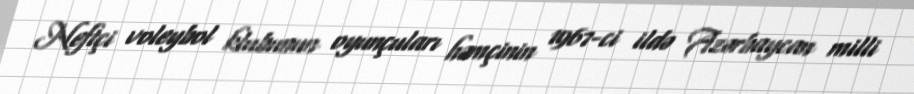
Neftçi voleybol klubunun oyunçuları həmçinin 1967-ci ildə Azərbaycan milli